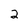
Character: 2